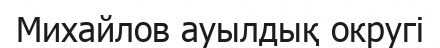
Михайлов ауылдық округі